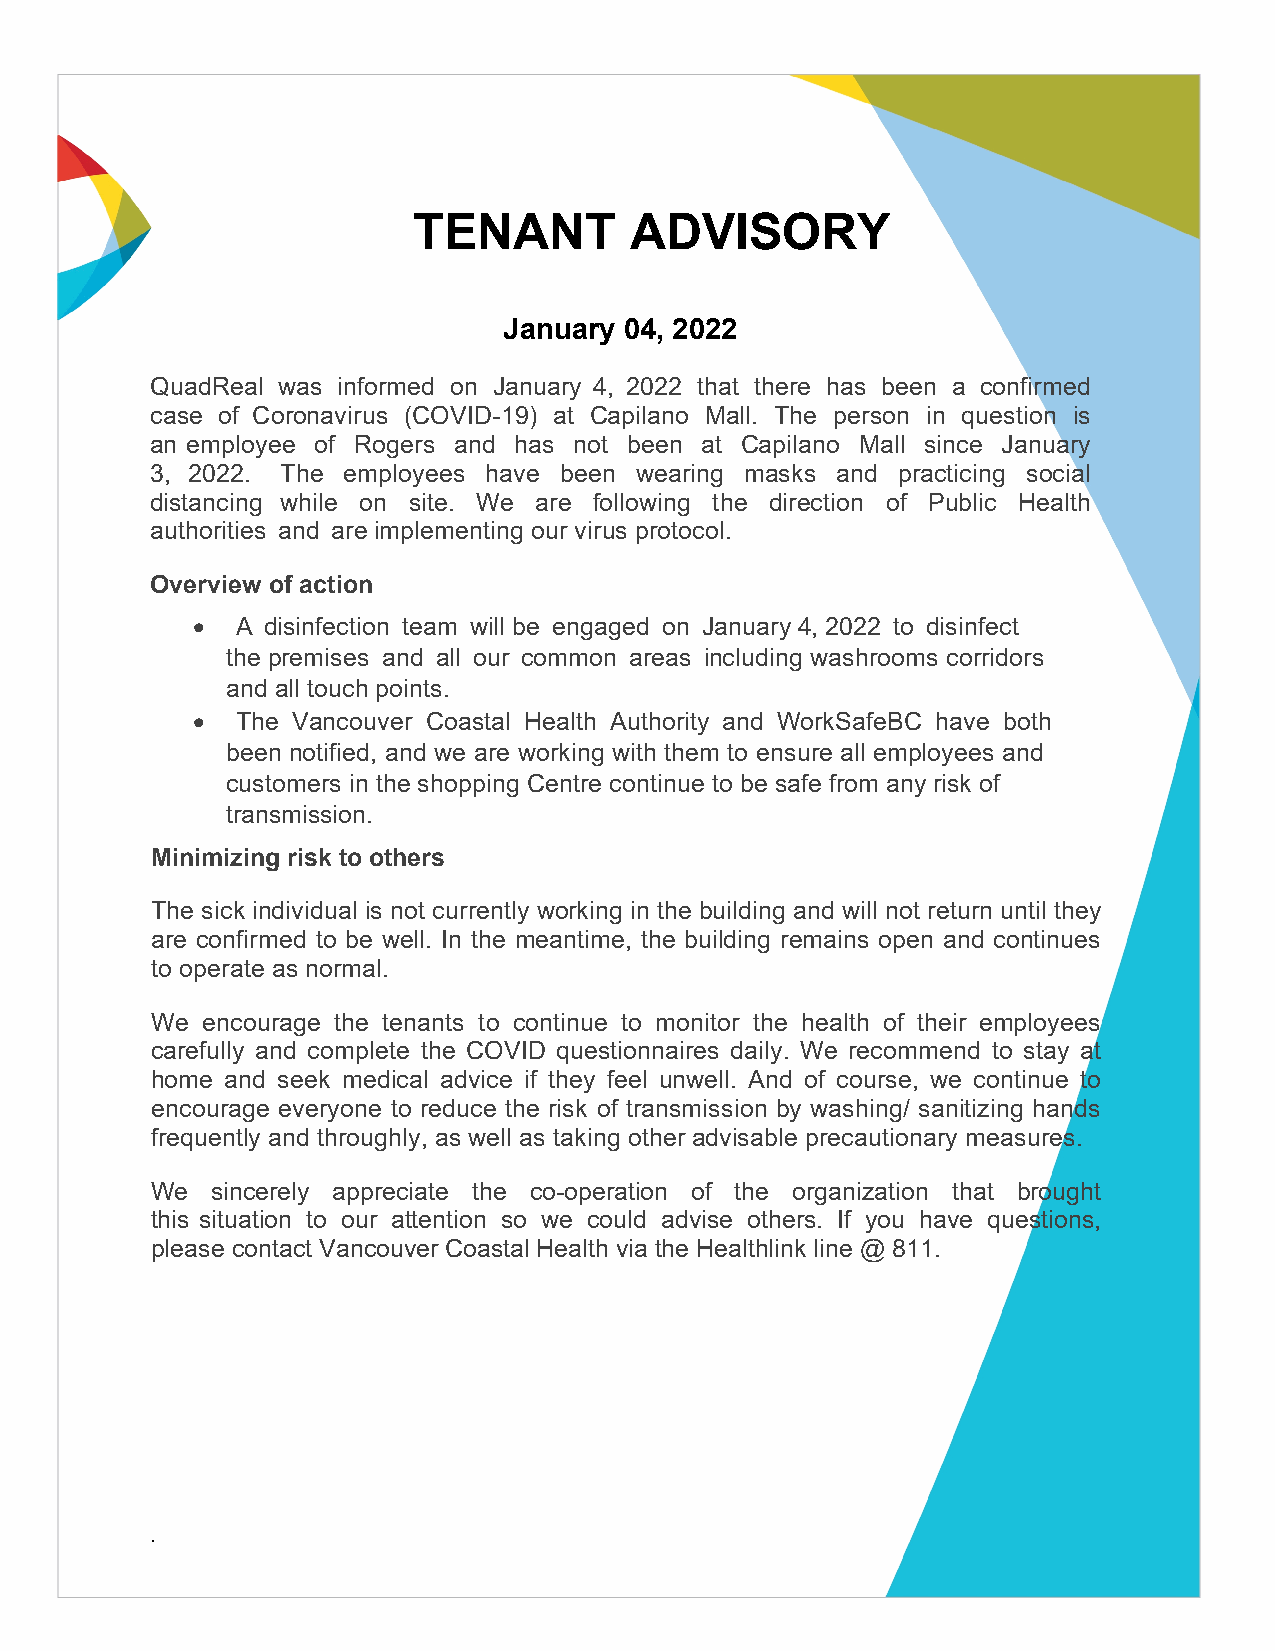
TENANT         ADVISORY
 January 04, 2022
 QuadReal was informed on January 4, 2022 that there has been a confirmed
 case of Coronavirus (COVID-19) at Capilano Mall. The person in question is
 an employee of Rogers and has not been at Capilano Mall since January
 3, 2022. The employees have been wearing masks and practicing social
 distancing while on site. We are following the direction of Public Health
 authorities and are implementing our virus protocol.
 Overview of action
 •  A disinfection team will be engaged on January 4, 2022 to disinfect
 the premises and all our common areas including washrooms corridors
 and all touch points.
 •  The Vancouver Coastal Health Authority and WorkSafeBC have both
 been notified, and we are working with them to ensure all employees and
 customers in the shopping Centre continue to be safe from any risk of
 transmission.
 Minimizing risk to others
 The sick individual is not currently working in the building and will not return until they
 are confirmed to be well. In the meantime, the building remains open and continues
 to operate as normal.
 We encourage the tenants to continue to monitor the health of their employees
 carefully and complete the COVID questionnaires daily. We recommend to stay at
 home and seek medical advice if they feel unwell. And of course, we continue to
 encourage everyone to reduce the risk of transmission by washing/ sanitizing hands
 frequently and throughly, as well as taking other advisable precautionary measures.
 We  sincerely appreciate the co-operation of the organization that brought
 this situation to our attention so we could advise others. If you have questions,
 please contact Vancouver Coastal Health via the Healthlink line @ 811.
 .